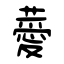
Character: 薆